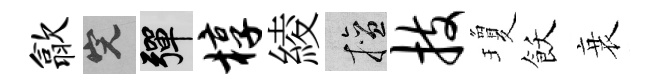
歙完彈椁綾擅技瓊飫衰